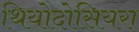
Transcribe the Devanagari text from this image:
थियोदोसियरा